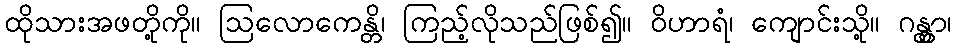
ထိုသားအဖတို့ကို။ ဩလောကေန္တိ၊ ကြည့်လိုသည်ဖြစ်၍။ ဝိဟာရံ၊ ကျောင်းသို့။ ဂန္တွာ၊